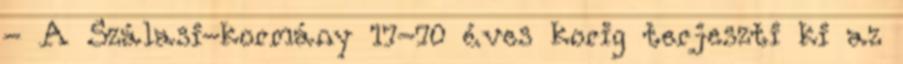
- A Szálasi-kormány 17-70 éves korig terjeszti ki az